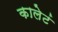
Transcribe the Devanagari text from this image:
कालेटं